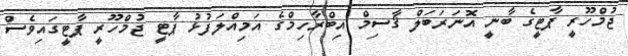
ޖުމްހޫރީ ޕާޓީގެ ބާނީ އޮނަރަބަލް ޤާސިމް އިބްރާހިމްގެ އަމިއްލަފުޅު ޕާޓީ ޖުމްހޫރީ ޕާޓީގައިވެސް